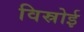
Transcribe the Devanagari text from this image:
विस्रोई